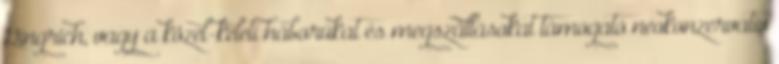
Gingrich, vagy a közel-keleti háborúkat és megszállásokat támogató neokonzervatív